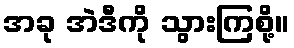
အခု အဲဒီကို သွားကြစို့။